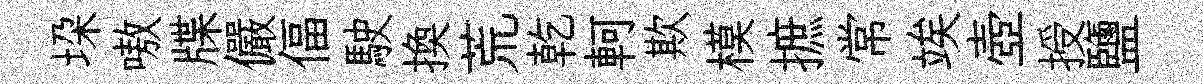
垜嗷牒儼偪駛換荒乾軻欺模摭常竢壺授鹽